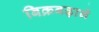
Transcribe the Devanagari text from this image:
बिक्रबढ़ाने